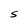
Character: S